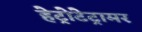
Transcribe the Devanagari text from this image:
हेट्रोटेट्रामर